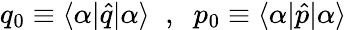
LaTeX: q_{0}\equiv\langle\alpha|\hat{q}|\alpha\rangle\; \; ,\; \; p_{0}\equiv\langle\alpha|\hat{p}|\alpha\rangle